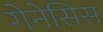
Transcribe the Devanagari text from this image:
गेनेसिस